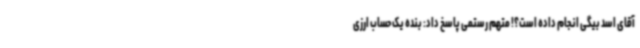
آقای اسد بیگی انجام داده است؟! متهم رستمی پاسخ داد: بنده یک حساب ارزی